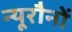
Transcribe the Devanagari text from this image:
न्यूरौनों